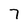
Character: 7